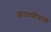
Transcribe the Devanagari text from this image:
आराध्यदैवतचे